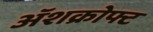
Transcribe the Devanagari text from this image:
ॲशक्रोफ्ट